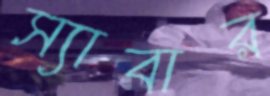
স্যাবার